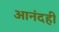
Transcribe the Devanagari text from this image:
आनंदही